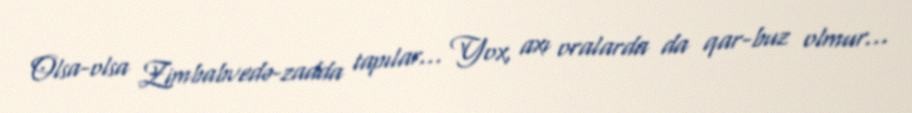
Olsa-olsa Zimbabvedə-zadda tapılar... Yox, axı oralarda da qar-buz olmur...